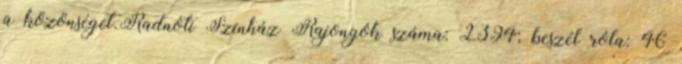
a közönséget.Radnóti Színház Rajongók száma: 2394; beszél róla: 46